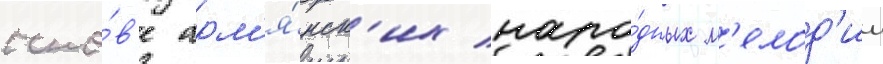
осно́в'е арм'я́нск'их наро́дных м'елод'ии